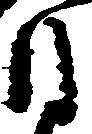
自